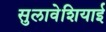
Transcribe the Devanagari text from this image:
सुलावेशियाई